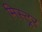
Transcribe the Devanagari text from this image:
मिस्ट्र्र्र्र